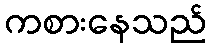
ကစားနေသည်